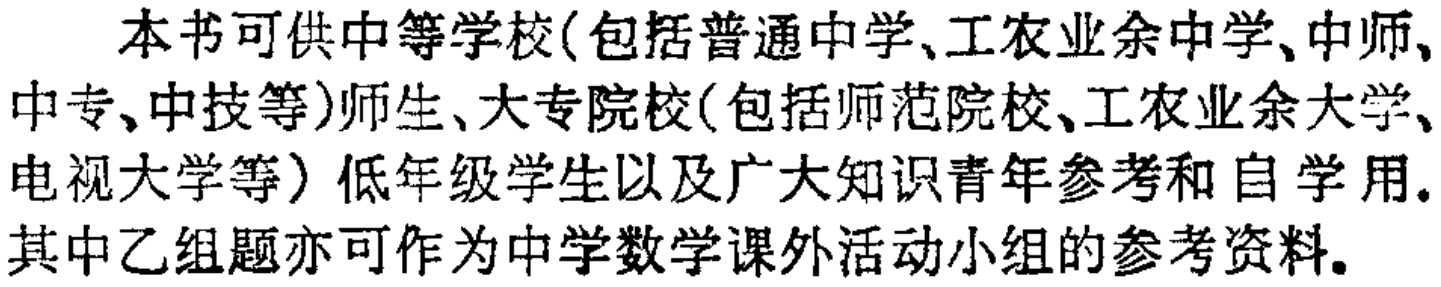
本书可供中等学校(包括普通中学、工农业余中学、中师、中专、中技等)师生、大专院校(包括师范院校、工农业余大学、电视大学等）低年级学生以及广大知识青年参考和自学用.其中乙组题亦可作为中学数学课外活动小组的参考资料.